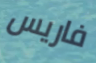
فاريس